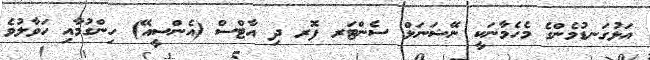
އަޅުގަނޑުމެންގެ މެހެމާނަކީ ނޭޝަނަލް ސެންޓަރ ފޮރ ދި އާޓްސް (އެންސީއޭ) ހިންގުމާއި ހަވާލުވެ